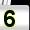
Digit: 5